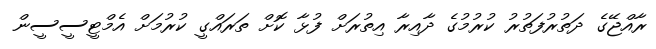
ރާއްޖޭގެ ދަތުރުފަތުރު ކުރުމުގެ ދާއިރާ އިތުރަށް ފުޅާ ކޮށް ތަަރައްގީ ކުރުމަށް އެމްޓީސީސީން